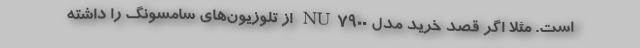
است. مثلا اگر قصد خرید مدل NU7900 از تلوزیون‌های سامسونگ را داشته